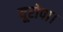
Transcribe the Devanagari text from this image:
यूरोपा।